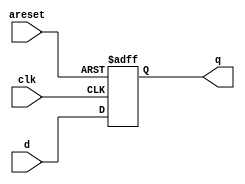
module top_module (
    input clk,
    input areset,   // active high asynchronous reset
    input [7:0] d,
    output [7:0] q
    );

    always@(posedge clk or posedge areset)begin
        if(areset)
	    q <= 8'h00;
        else
	    q <= d;
    end

endmodule